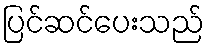
ပြင်ဆင်ပေးသည်